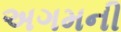
અગમની